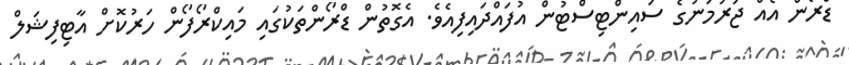
ޑްރޯން އެއް ޖަރުމަނުގެ ސައިންޓިސްޓުން އުފައްދައިފިއެވެ. އެގޮތުން ޑްރޯންތަކުގައި މައިކްރޯފޯން ހަރުކޮށް އާޓިފިޝަލް